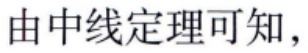
由中线定理可知，